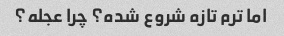
اما ترم تازه شروع شده؟ چرا عجله؟